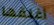
أغلقها